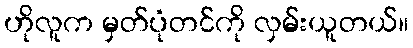
ဟိုလူက မှတ်ပုံတင်ကို လှမ်းယူတယ်။